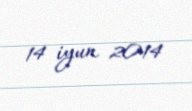
14 iyun 2014